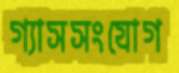
গ্যাসসংযোগ